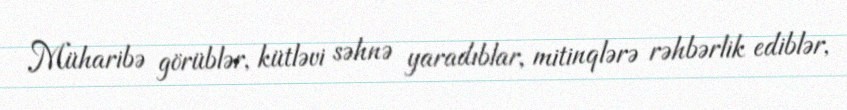
Müharibə görüblər, kütləvi səhnə yaradıblar, mitinqlərə rəhbərlik ediblər,